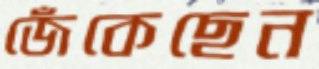
জেঁকেছেন